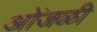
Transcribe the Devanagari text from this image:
ओंजळी